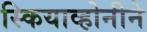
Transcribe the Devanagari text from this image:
स्कियाव्होनीने